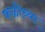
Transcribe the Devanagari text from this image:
फळीच्या